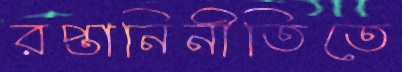
রপ্তানিনীতিতে